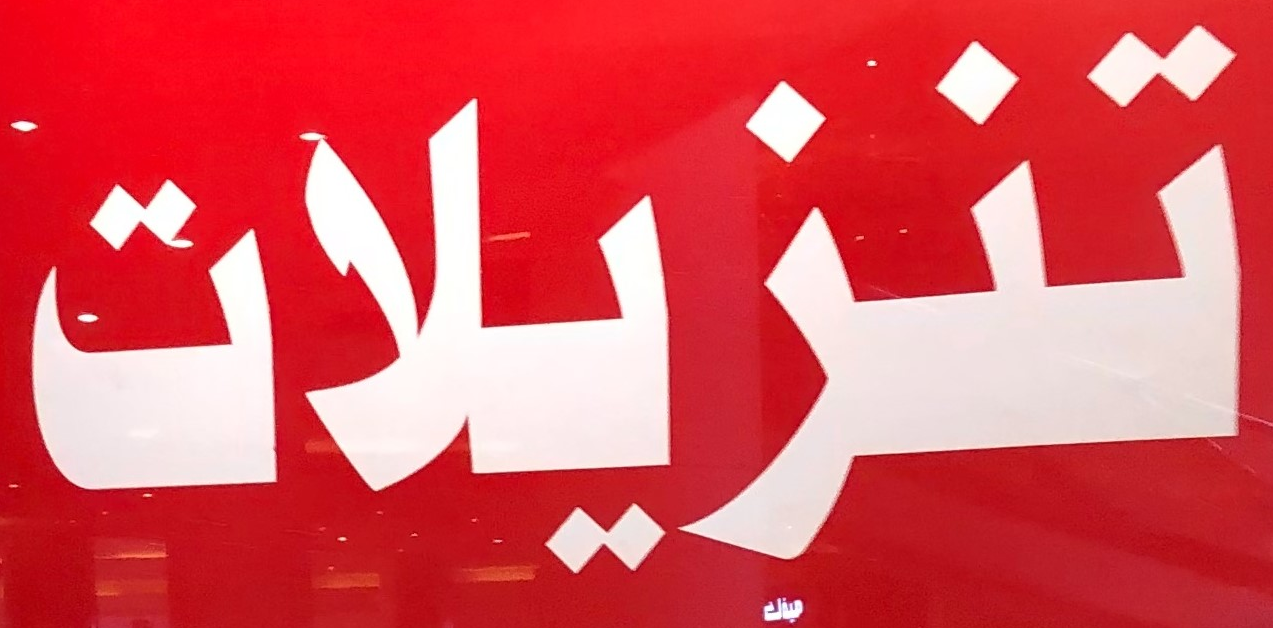
تنزيلات